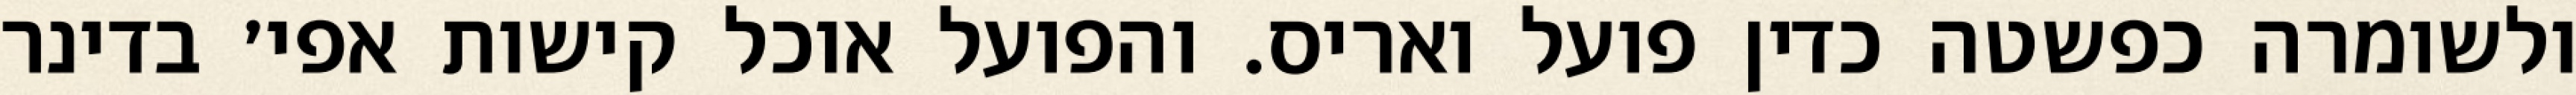
ולשומרה כפשטה כדין פועל ואריס. והפועל אוכל קישות אפי׳ בדינר